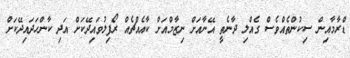
ޑްރާމާއިން ސިކުންތެއްވެސް ގެއްލި ދާނެތީ އޭނާއަށް ނިޒާމްއަށް ކާއެއްޗެއް ރޯފިލުވައިދޭކަށް އަދި ކާންހަދައިދޭކަށް